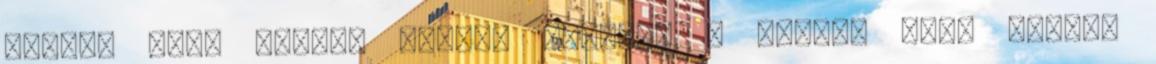
amikor Emma Henryt keresi megnézi a gépét, hogy milyen